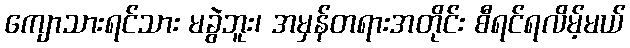
ကျောသားရင်သား မခွဲဘူး၊ အမှန်တရားအတိုင်း စီရင်ရလိမ့်မယ်